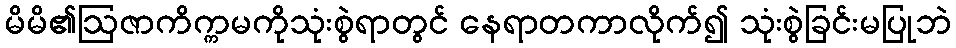
မိမိ၏ဩဇာကိက္ကမကိုသုံးစွဲရာတွင် နေရာတကာလိုက်၍ သုံးစွဲခြင်းမပြုဘဲ